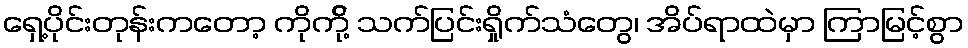
ရှေ့ပိုင်းတုန်းကတော့ ကိုကို့် သက်ပြင်းရှိုက်သံတွေ၊ အိပ်ရာထဲမှာ ကြာမြင့်စွာ